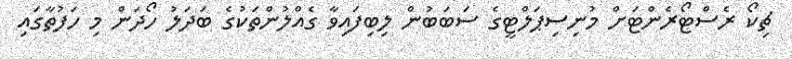
ޗިކޯ ރެސްޓޯރެންޓަށް މުނިސިޕަލްޓީގެ ސަބަބުން ލިބިފައިވާ ގެއްލުންތަކުގެ ބަދަލު ހޯދަން މި ހަފުތާގައި